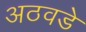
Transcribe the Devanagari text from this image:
अठवडे